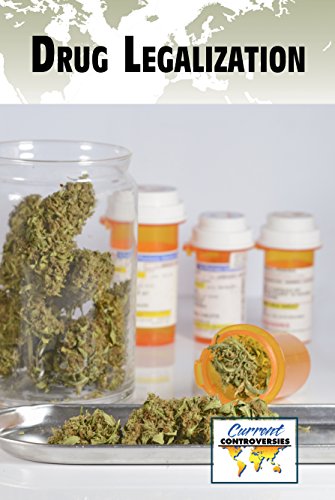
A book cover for Drug Legalization (Current Controversies); Noel Merino; Teen & Young Adult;